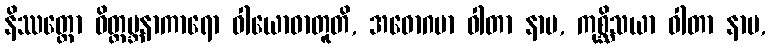
နိဿတ္တော ဝိတ္ထမ္ဘနာကာရော ဝါယောဓာတူတိ, အဓောဂမာ ဝါတာ နာမ, ကုစ္ဆိသယာ ဝါတာ နာမ,